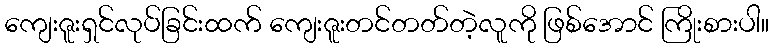
ကျေးဇူးရှင်လုပ်ခြင်းထက် ကျေးဇူးတင်တတ်တဲ့လူကို ဖြစ်အောင် ကြိုးစားပါ။